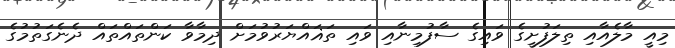
މިއީ މާލެއާއި ތިލަފުށީގެ ވައިގެ ސާފުމިނާއި ވައި ތަޣައްޔަރުވުމަށް ދިމާވާ ކަންތައްތައް ދެނެގަތުމުގެ